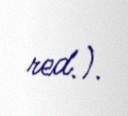
red.).